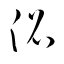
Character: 沿